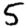
Digit: 5